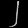
Digit: ၂